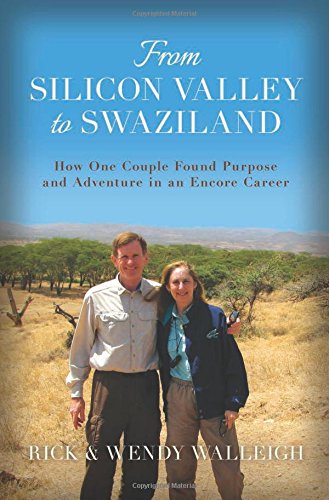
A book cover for From Silicon Valley to Swaziland: How One Couple Found Purpose and Adventure in an Encore Career; Rick Walleigh; Business & Money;